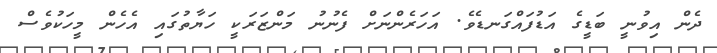
ދެން އިވުނީ ބަޑީގެ އަޑުފައްގަނޑެވެ. އަހަރެންނަށް ފެނުނު މަންޒަރަކީ ހަޔާތުގައި އެހެން މީހަކުވެސް